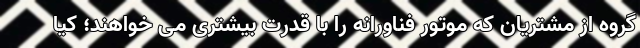
گروه از مشتریان که موتور فناورانه را با قدرت بیشتری می خواهند؛ کیا